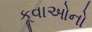
કૂવાઓનો